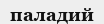
паладий